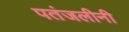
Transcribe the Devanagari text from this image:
पतंजलीनी